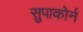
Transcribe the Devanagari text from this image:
सुपाकोर्न